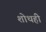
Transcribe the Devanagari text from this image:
शोथही